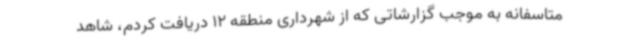
متاسفانه به موجب گزارشاتی که از شهرداری منطقه 12 دریافت کردم، شاهد